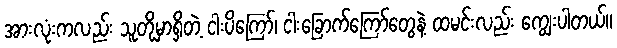
အားလုံးကလည်း သူတို့မှာရှိတဲ့ ငါးပိကြော်၊ ငါးခြောက်ကြော်တွေနဲ့ ထမင်းလည်း ကျွေးပါတယ်။